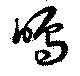
鳴